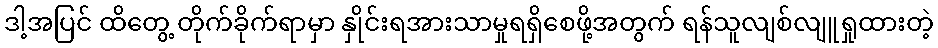
ဒါ့အပြင် ထိတွေ့ တိုက်ခိုက်ရာမှာ နှိုင်းရအားသာမှုရရှိစေဖို့အတွက် ရန်သူလျစ်လျူရှုထားတဲ့